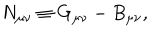
N _ { \mu \nu } \equiv G _ { \mu \nu } - B _ { \mu \nu } ,